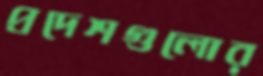
প্রদেশগুলোর